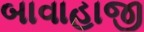
બાવાહાજી